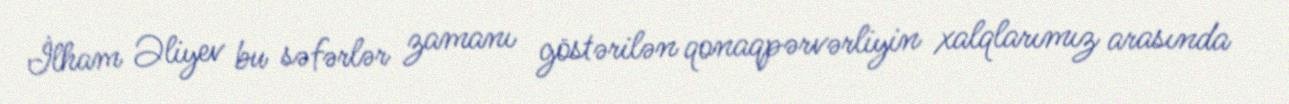
İlham Əliyev bu səfərlər zamanı göstərilən qonaqpərvərliyin xalqlarımız arasında